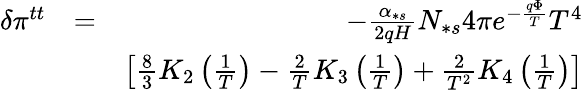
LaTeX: \begin{array}{rlr}{\delta\pi^{tt}}&{=}&{-\frac{\alpha_{\ast s}}{2qH}N_{\ast s}4\pi e^{-\frac{q\Phi}{T}}T^{4}}\\ &{}&{\left[\frac{8}{3}K_{2}\left(\frac{1}{T}\right)-\frac{2}{T}K_{3}\left(\frac{1}{T}\right)+\frac{2}{T^{2}}K_{4}\left(\frac{1}{T}\right)\right]}\end{array}